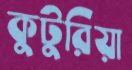
কুটুরিয়া